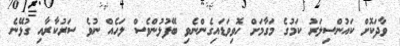
ވާދަކޮށް ކައުންސިލަރު ކަމުގެ މަގާމަށް ހޮވިވަޑައިގެންނެވި ބޭފުޅުންވެސް ލަހެއް ނުވެ ސަރުކާރާއި ގުޅޭނެ